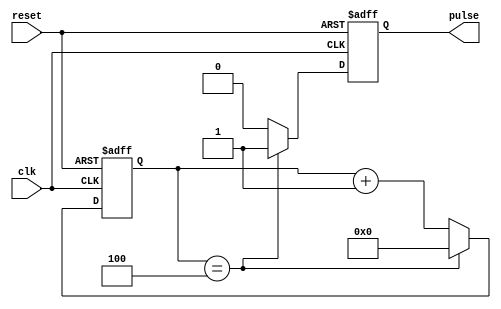
module synchronous_pulse_generator (
    input wire clk,
    input wire reset,
    output reg pulse
);

reg [9:0] counter;

always @(posedge clk or posedge reset) begin
    if (reset) begin
        counter <= 10'b0;
        pulse <= 1'b0;
    end else begin
        if (counter == 10'b100) begin
            counter <= 10'b0;
            pulse <= 1'b1;
        end else begin
            counter <= counter + 1;
            pulse <= 1'b0;
        end
    end
end

endmodule